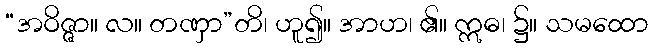
“အဝိဇ္ဇာ။ လ။ တဏှာ”တိ၊ ဟူ၍။ အာဟ၊ ၏။ ဣဓ၊ ၌။ သမထော